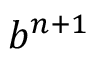
b ^ { n + 1 }